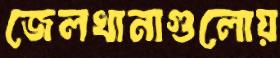
জেলখানাগুলোয়